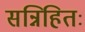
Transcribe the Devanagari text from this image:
सन्निहितः